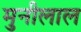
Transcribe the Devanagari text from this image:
मुनीलाल